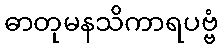
ဓာတုမနသိကာရပဗ္ဗံ